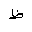
Letter: _za